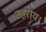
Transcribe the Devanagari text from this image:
ठहराय।